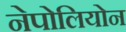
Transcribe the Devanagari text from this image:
नेपोलियोन